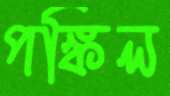
পঙ্কিল